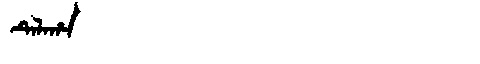
Manchu: ᡨᡝᠯᠠᡥᠠ
Romanization: TELAHA